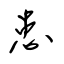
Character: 患